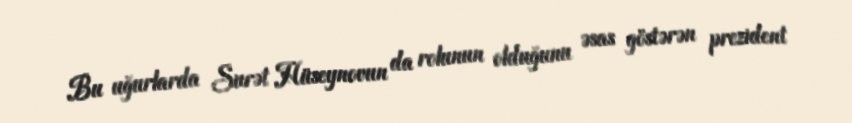
Bu uğurlarda Surət Hüseynovun da rolunun olduğunu əsas göstərən prezident